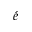
\acute { e }